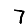
Digit: 7